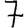
Digit: 7